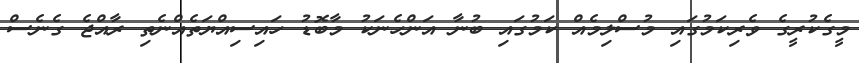
މީގެކުރީގެ ވެރިކަމުގައި މުސްލިމެއް ކަމުގައި ބުނާ އަންހެނަކު މާބޮޑު ހައިސިއްޔަތެއްނެތި ރާއްޖެ ގެނެސް